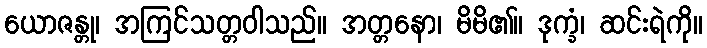
ယောဇန္တု၊ အကြင်သတ္တဝါသည်။ အတ္တနော၊ မိမိ၏။ ဒုက္ခံ၊ ဆင်းရဲကို။